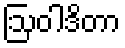
ဩဝါဒိတာ